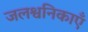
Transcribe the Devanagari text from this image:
जलश्वनिकाएँ